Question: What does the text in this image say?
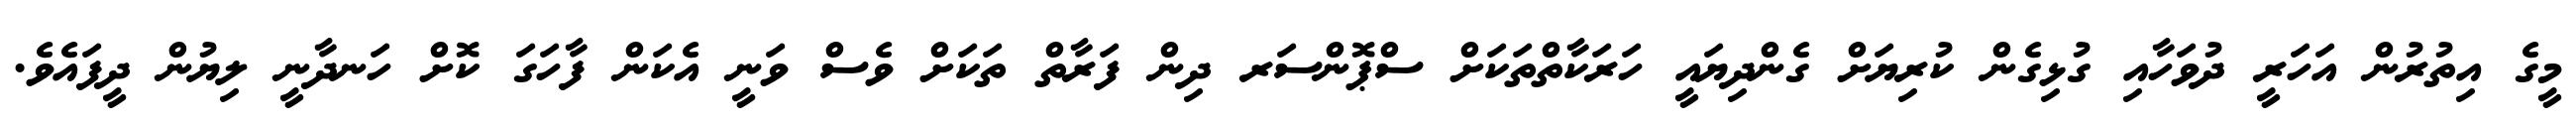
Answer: މީގެ އިތުރުން އަހަރީ ދުވަހާއި ގުޅިގެން ކުރިޔަށް ގެންދިޔައީ ހަރަކާތްތަކަށް ސްޕޮންސަރ ދިން ފަރާތް ތަކަށް ވެސް ވަނީ އެކަން ފާހަގަ ކޮށް ހަނދާނީ ލިޔުން ދީފައެވެ.